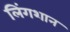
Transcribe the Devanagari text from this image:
लिंगशान